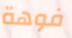
فوهة